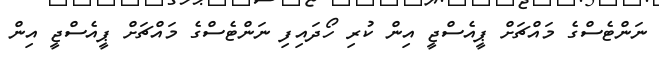
ނަންޓެސްގެ މައްޗަށް ޕީއެސްޖީ އިން ކުރި ހޯދައިފި ނަންޓެސްގެ މައްޗަށް ޕީއެސްޖީ އިން